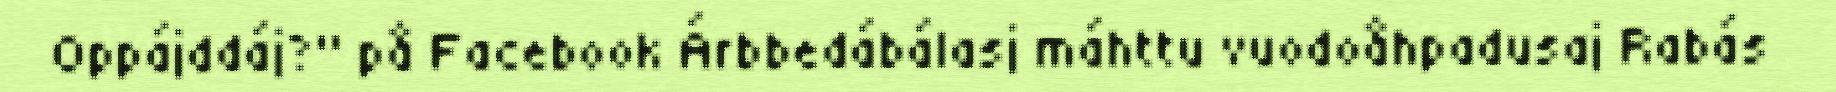
Oppájddáj?" på Facebook Árbbedábálasj máhttu vuodoåhpadusaj Rabás